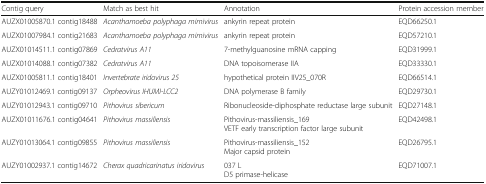
<table><thead><tr><td><b>Contig query</b></td><td><b>Match as best hit</b></td><td><b>Annotation</b></td><td><b>Protein accession member</b></td></tr></thead><tbody><tr><td>AUZX01005870.1 contig18488</td><td><i>Acanthamoeba polyphaga mimivirus</i></td><td>ankyrin repeat protein</td><td>EQD66250.1</td></tr><tr><td>AUZX01007984.1 contig21683</td><td><i>Acanthamoeba polyphaga mimivirus</i></td><td>ankyrin repeat protein</td><td>EQD57210.1</td></tr><tr><td>AUZX01014511.1 contig07869</td><td><i>Cedratvirus A11</i></td><td>7-methylguanosine mRNA capping</td><td>EQD31999.1</td></tr><tr><td>AUZX01014088.1 contig07382</td><td><i>Cedratvirus A11</i></td><td>DNA topoisomerase IIA</td><td>EQD33330.1</td></tr><tr><td>AUZX01005811.1 contig18401</td><td><i>Invertebrate iridovirus 25</i></td><td>hypothetical protein IIV25_070R</td><td>EQD66514.1</td></tr><tr><td>AUZY01012469.1 contig09137</td><td><i>Orpheovirus IHUMI-LCC2</i></td><td>DNA polymerase B family</td><td>EQD29730.1</td></tr><tr><td>AUZY01012943.1 contig09710</td><td><i>Pithovirus sibericum</i></td><td>Ribonucleoside-diphosphate reductase large subunit</td><td>EQD27148.1</td></tr><tr><td>AUZX01011676.1 contig04641</td><td><i>Pithovirus massiliensis</i></td><td>Pithovirus-massiliensis_169VETF early transcription factor large subunit</td><td>EQD42498.1</td></tr><tr><td>AUZY01013064.1 contig09855</td><td><i>Pithovirus massiliensis</i></td><td>Pithovirus-massiliensis_152Major capsid protein</td><td>EQD26795.1</td></tr><tr><td>AUZY01002937.1 contig14672</td><td><i>Cherax quadricarinatus iridovirus</i></td><td>037 LD5 primase-helicase</td><td>EQD71007.1</td></tr></tbody></table>